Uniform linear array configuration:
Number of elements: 32
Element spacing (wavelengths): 1
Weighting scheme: binomial
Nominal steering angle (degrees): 30
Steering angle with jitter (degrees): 31.35
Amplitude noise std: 0.05
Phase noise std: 0.05

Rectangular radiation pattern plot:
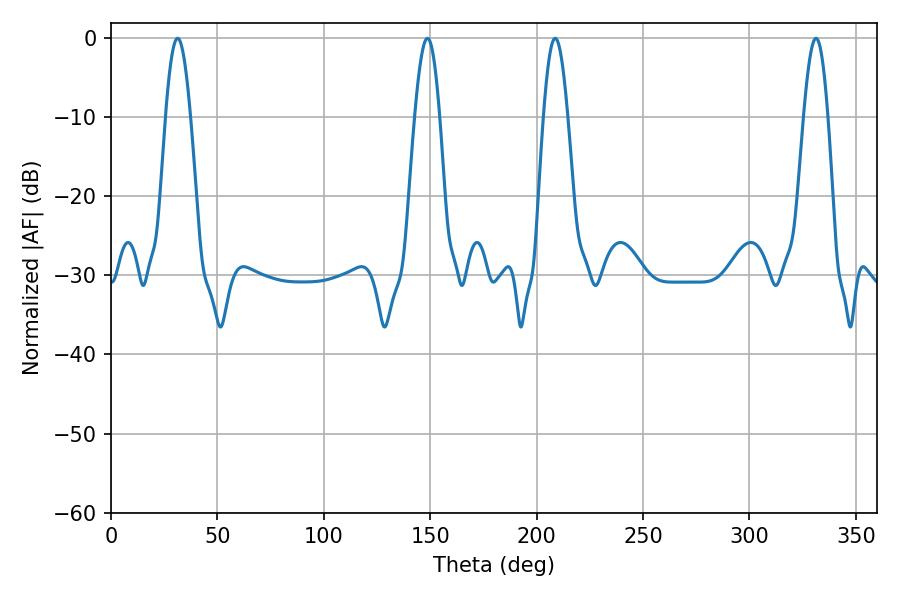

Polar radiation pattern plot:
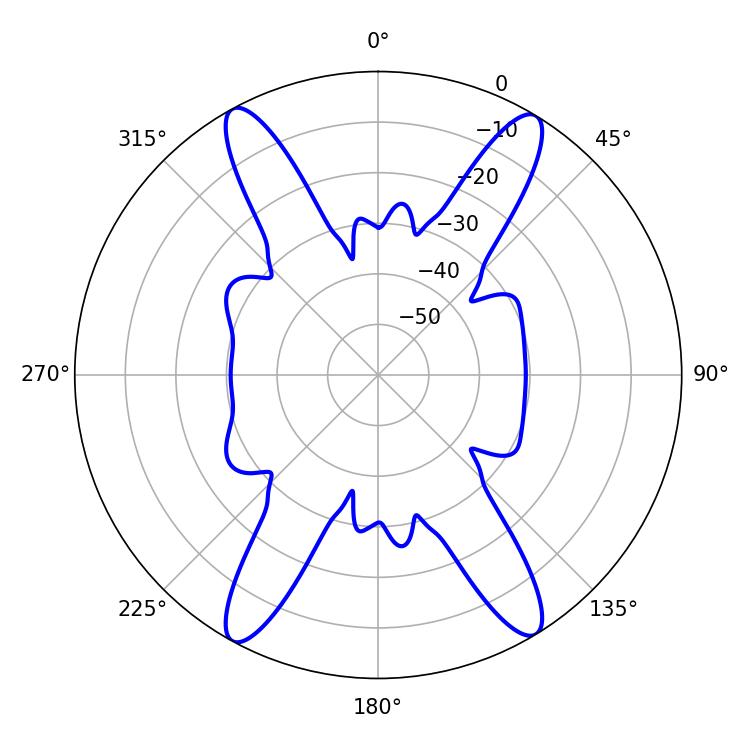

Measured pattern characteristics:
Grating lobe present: TRUE
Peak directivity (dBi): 22.377
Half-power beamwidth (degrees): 6.3
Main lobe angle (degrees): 31.32